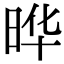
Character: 晔